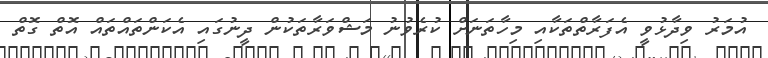
އުމަރު ވިދާޅުވީ އެފަރާތްތަކާއި މިހާތަނަށް ކުރެވުނު މަޝްވަރާތަކުން ދީނުގައި އެކަންތައްތައް އޮތް ގޮތް